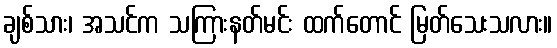
ချစ်သား၊ အသင်က သကြားနတ်မင်း ထက်တောင် မြတ်သေးသလား။